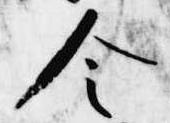
令